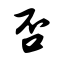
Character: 否